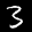
Label: 3